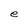
Character: e